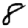
Digit: 8